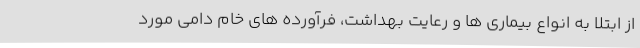
از ابتلا به انواع بیماری ها و رعایت بهداشت، فرآورده های خام دامی مورد